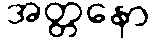
အတ္တနော